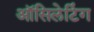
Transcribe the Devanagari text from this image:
ऑसिलेटिंग